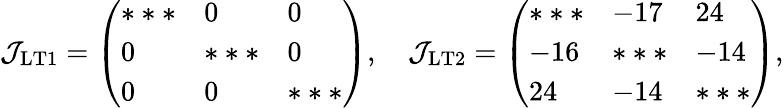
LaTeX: \mathcal{J_{\mathrm{LT1}}}=\left(\begin{array}{lll}{***}&{0}&{0}\\ {0}&{***}&{0}\\ {0}&{0}&{***}\end{array}\right),\quad\mathcal{J_{\mathrm{LT2}}}=\left(\begin{array}{lll}{***}&{-17}&{24}\\ {-16}&{***}&{-14}\\ {24}&{-14}&{***}\end{array}\right),